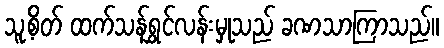
သူ့စိတ် ထက်သန်ရွှင်လန်းမှုသည် ခဏသာကြာသည်။